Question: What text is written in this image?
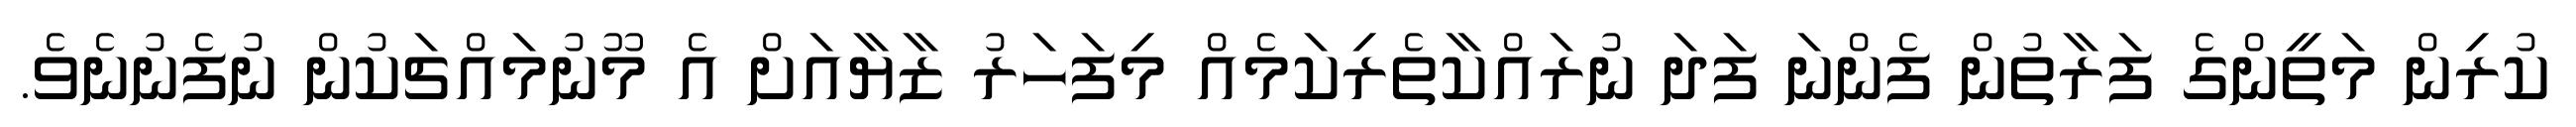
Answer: ކުރިން މަތީންގެ ފަރާތުން ފެންނަ ފަދަ ނުރައްކާތެރިކަމެއް މިފަހަރު ޒާޔާއަށް އެ މޫނުމައްޗަކުން ނުފެނުނެވެ.